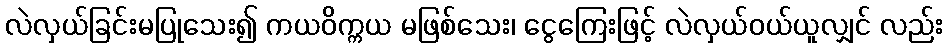
လဲလှယ်ခြင်းမပြုသေး၍ ကယဝိက္ကယ မဖြစ်သေး၊ ငွေကြေးဖြင့် လဲလှယ်ဝယ်ယူလျှင် လည်း